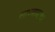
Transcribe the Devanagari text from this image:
साध्यसहचार